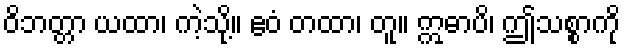
ဝိဘတ္တာ ယထာ၊ ကဲ့သို့။ ဧဝံ တထာ၊ တူ။ ဣဓာပိ၊ ဤသစ္စာကို